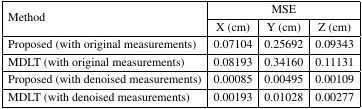
<table><thead><tr><td rowspan="2"><b>Method</b></td><td colspan="3"><b>MSE</b></td></tr><tr><td><b>X (cm)</b></td><td><b>Y (cm)</b></td><td><b>Z (cm)</b></td></tr></thead><tbody><tr><td>Proposed (with original measurements)</td><td>0.07104</td><td>0.25692</td><td>0.09343</td></tr><tr><td>MDLT (with original measurements)</td><td>0.08193</td><td>0.34160</td><td>0.11131</td></tr><tr><td>Proposed (with denoised measurements)</td><td>0.00085</td><td>0.00495</td><td>0.00109</td></tr><tr><td>MDLT (with denoised measurements)</td><td>0.00193</td><td>0.01028</td><td>0.00277</td></tr></tbody></table>